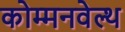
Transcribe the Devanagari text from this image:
कोम्मनवेल्थ